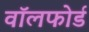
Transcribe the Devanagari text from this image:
वॉलफोर्ड